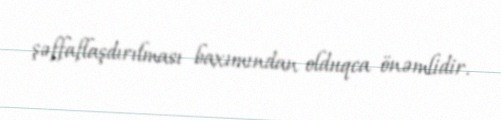
şəffaflaşdırılması baxımından olduqca önəmlidir.